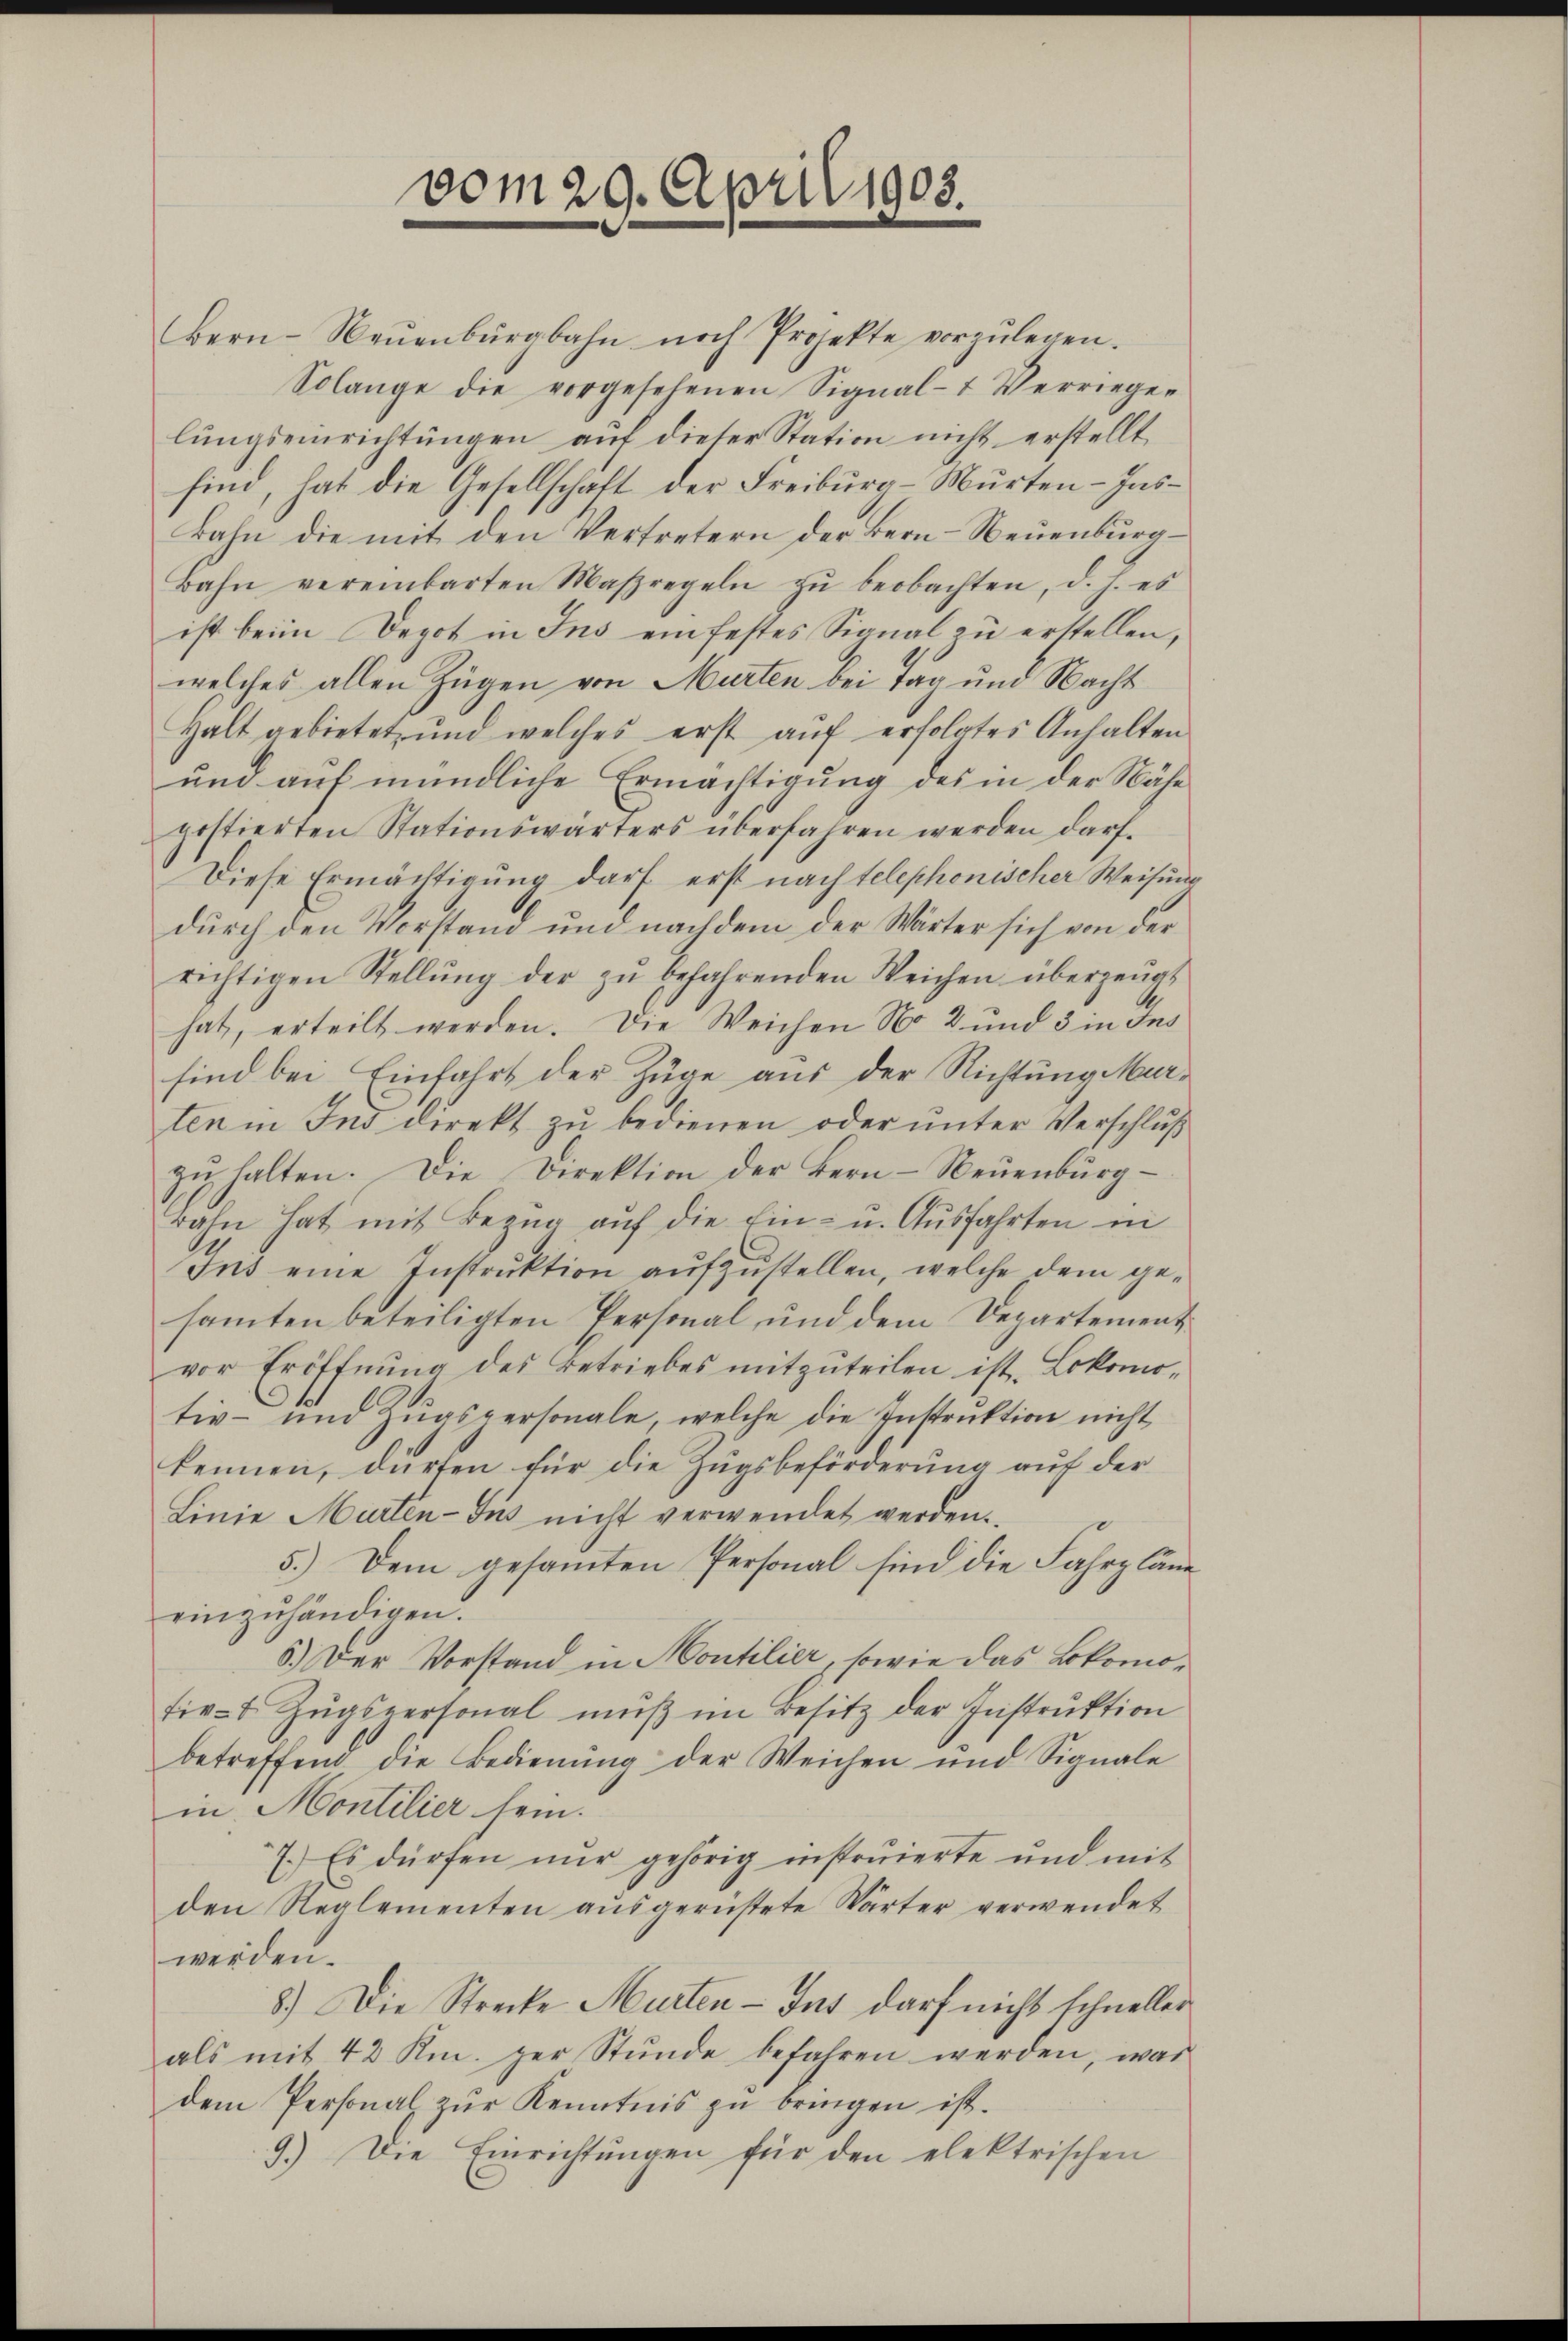
Bern-Neŭenbŭrgbahn noch Projekte vorzŭlegen.
Solange die vorgesehenen Signal- Verriege-
lungseinrichtungen auf dieser Station nicht erstellt,
sind, hat die Gesellschaft der Freiburg-Murten-Ins¬
Bahn die mit den Vertretern der Bern-Neuenburg
Bahn vereinbarten Maßregeln zŭ beobachten, d. h. es
ist beim Depot in Ins ein festes Signal zu erstellen,
welches allen Zügen von Murten bei Tag und Nacht
Halt gebietet und welches erst aŭf erfolgtes Anhalten
und auf mündliche Ermächtigung des in der Nähe
postierten Stationswärters überfahren werden darf.
Diese Ermächtigung darf erst nach telephonischer Weisung
durch den Vorstand und nachdem der Wärter sich von der
richtigen Stellŭng der zŭ befahrenden Weichen überzeugt
hat, erteilt werden. Die Weichen No 2 und 3 in Ins
sind bei Einfahrt der Züge aus der Richtung Marten in Ind direkt zu bedienen oder unter Verschluß
zŭ halten. Die Direktion der Bern-Neuenbŭrg-
rahn hat mit Bezug auf die Ein- u. Ausfahrten in
Ins eine Instruktion aufzustellen, welche dem gesamten beteiligten Personal und dem Departement
vor Eröffnung des Betriebes mitzuteilen ist. Lokomotiv- und Zŭgspersonale, welche die Instrŭktion nicht
kennen, dürfen für die Zugsbeförderung auf der
Linie Murten- Jus nicht verwendet werden.
5.) Dem gesamten Personal sind die Fahrpläne
einzuhändigen.
5.) Der Vorstand in Moutilier, sowie das Lokomotiv-t. Zŭgspersonal muß im Besitz der Instruktion
betreffend die Bedienung der Weichen und Signale
in Montilier sein.
7.) Es dürfen nur gehörig instruierte und mit
den Reglementen ausgerüstete Wärter verwendet
werden.
8.) Die Strecke Murten - Gut darf nicht schneller
als mit 42 Kr. zur Stŭnde befahren werden, was
dem Personal zur Kenntnis zu bringen ist.
9.) Die Einrichtŭngen für den elektrischen

vom 29. April 1905.